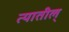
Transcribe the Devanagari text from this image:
त्यातील्